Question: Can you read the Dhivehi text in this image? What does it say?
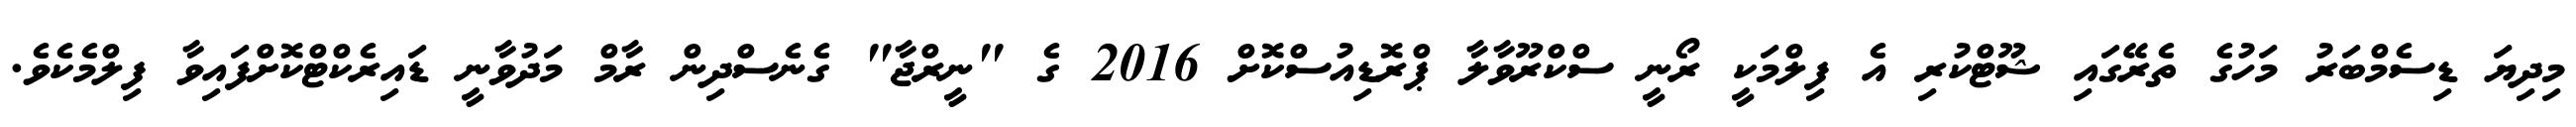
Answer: މިދިޔަ ޑިސެމްބަރު މަހުގެ ތެރޭގައި ޝޫޓްކުރި އެ ފިލްމަކީ ރޯނީ ސްކްރޫވާލާ ޕްރޮޑިއުސްކޮށް 2016 ގެ "ނީރްޖާ" ގެނެސްދިން ރާމް މަދުވާނީ ޑައިރެކްޓްކޮށްފައިވާ ފިލްމެކެވެ.